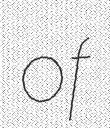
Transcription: of